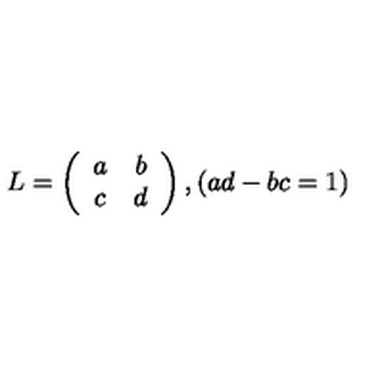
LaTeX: L = \left( \begin{array} { c c } { a } & { b } \\ { c } & { d } \\ \end{array} \right) , ( a d - b c = 1 )